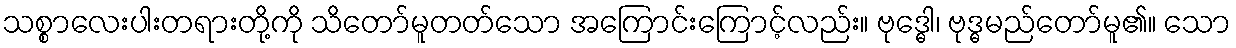
သစ္စာလေးပါးတရားတို့ကို သိတော်မူတတ်သော အကြောင်းကြောင့်လည်း။ ဗုဒ္ဓေါ၊ ဗုဒ္ဓမည်တော်မူ၏။ သော